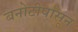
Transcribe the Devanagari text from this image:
बनोटीपासून